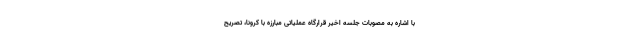
با اشاره به مصوبات جلسه اخیر قرارگاه عملیاتی مبارزه با کرونا، تصریح